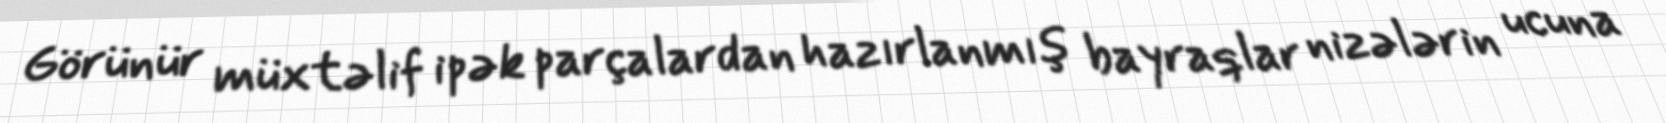
Görünür müxtəlif ipək parçalardan hazırlanmış bayraqlar nizələrin ucuna